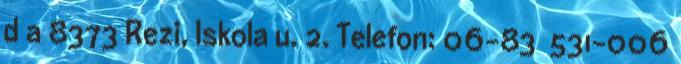
d a 8373 Rezi, Iskola u. 2. Telefon: 06-83 531-006